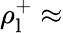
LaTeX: \rho_{\mathrm{l}}^{+}\approx